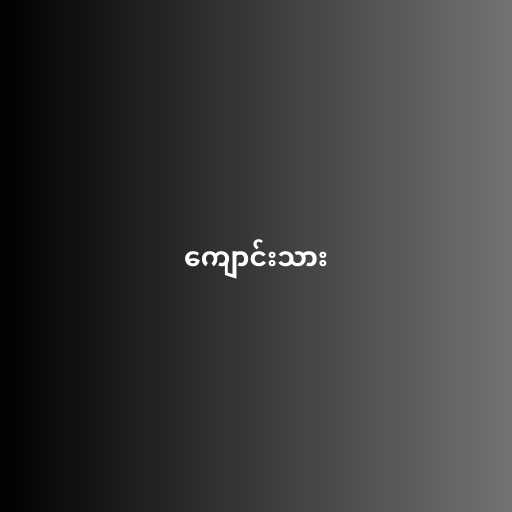
ကျောင်းသား